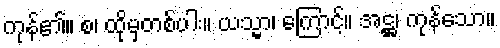
ကုန်၏။ စ၊ ထိုမှတစ်ပါး။ ယသ္မာ၊ ကြောင့်။ အဋ္ဌ၊ ကုန်သော။